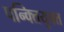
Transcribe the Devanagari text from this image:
पन्क्तियुक्त